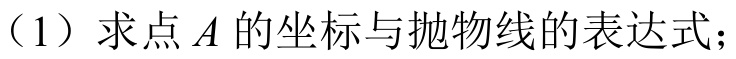
（1）求点\(A\)的坐标与抛物线的表达式；